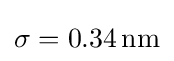
\sigma =0.34\,\mathrm {nm}